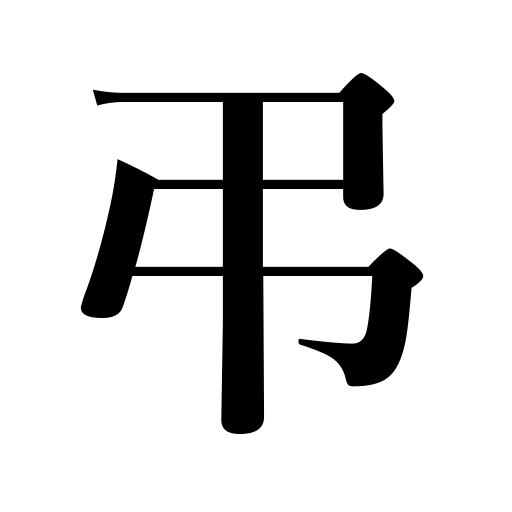
Meanings: condole,hold a memorial service for,mourn for,mourning